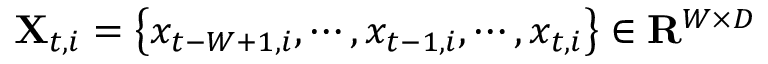
\mathbf { X } _ { t , i } = \left\{ x _ { t - W + 1 , i } , \cdots , x _ { t - 1 , i } , \cdots , x _ { t , i } \right\} \in \mathbf { R } ^ { W \times D }